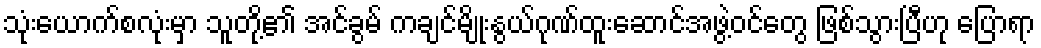
သုံးယောက်စလုံးမှာ သူတို့၏ အင်ခွမ် ကချင်မျိုးနွယ်ဂုဏ်ထူးဆောင်အဖွဲ့ဝင်တွေ ဖြစ်သွားပြီဟု ပြောရာ